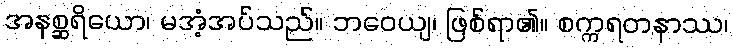
အနစ္ဆရိယော၊ မအံ့အပ်သည်။ ဘဝေယျ၊ ဖြစ်ရာ၏။ စက္ကရတနာဿ၊